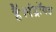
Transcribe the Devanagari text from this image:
हैं।एंड्रॉयड